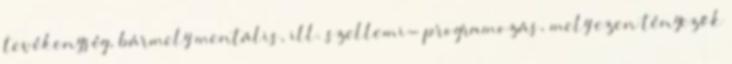
tevékenység, bármely mentális, ill. szellemi- programozás, mely ezen tényezők